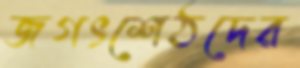
জগৎশেঠদের